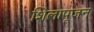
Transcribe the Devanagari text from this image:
शिलापूजन